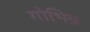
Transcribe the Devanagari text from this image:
गोभिन्न